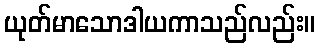
ယုတ်မာသောဒါယကာသည်လည်း။